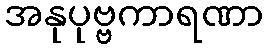
အနုပုဗ္ဗကာရဏာ